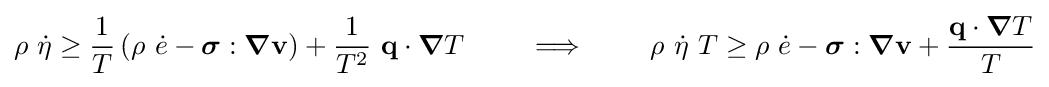
\rho ~{\dot {\eta }}\geq {\frac {1}{T}}\left(\rho ~{\dot {e}}-{\boldsymbol {\sigma }}:{\boldsymbol {\nabla }}\mathbf {v} \right)+{\frac {1}{T^{2}}}~\mathbf {q} \cdot {\boldsymbol {\nabla }}T\qquad \implies \qquad \rho ~{\dot {\eta }}~T\geq \rho ~{\dot {e}}-{\boldsymbol {\sigma }}:{\boldsymbol {\nabla }}\mathbf {v} +{\frac {\mathbf {q} \cdot {\boldsymbol {\nabla }}T}{T}}